Civil Veterinary Dept. North-West Frontier Province 1901-22 - 1901-1922
Year: 1901
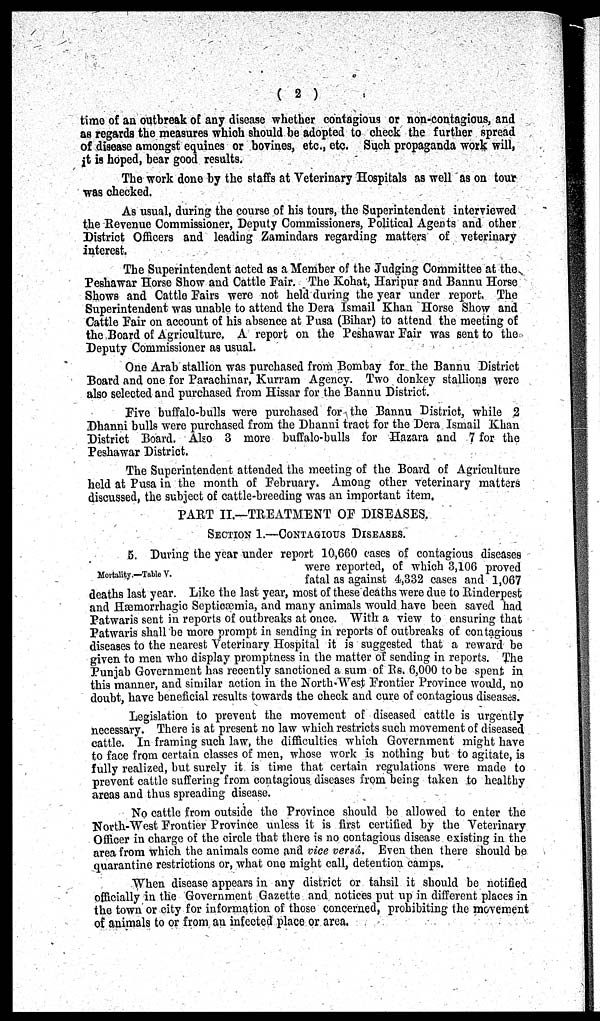
(2)
time of an outbreak of any disease whether contagious or non-contagious, and
as regards the measures which should be adopted to check the further spread
of disease amongst equines or bovines, etc., etc. Such propaganda work will,
it is hoped, bear good results.
The work done by the staffs at Veterinary Hospitals as well as on tour
was checked.
As usual, during the course of his tours, the Superintendent interviewed
the Revenue Commissioner, Deputy Commissioners, Political Agents and other
District Officers and leading Zamindars regarding matters of veterinary
interest.
The Superintendent acted as a Member of the Judging Committee at the
Peshawar Horse Show and Cattle Fair. The Kohat, Haripur and Bannu Horse
Shows and Cattle Fairs were not held during the year under report. The
Superintendent was unable to attend the Dera Ismail Khan Horse Show and
Cattle Fair on account of his absence at Pusa (Bihar) to attend the meeting of
the Board of Agriculture. A report on the Peshawar Fair was sent to the
Deputy Commissioner as usual.
One Arab stallion was purchased from Bombay for the Bannu District
Board and one for Parachinar, Kurram Agency. Two donkey stallions were
also selected and purchased from Hissar for the Bannu District".
Five buffalo-bulls were purchased for the Bannu District, while 2
Dhanni bulls were purchased from the Dhanni tract for the Dera Ismail Khan
District Board. Also 3 more buffalo-bulls for Hazara and 7 for the
Peshawar District.
The Superintendent attended the meeting of the Board of Agriculture
held at Pusa in the month of February. Among other veterinary matters
discussed, the subject of cattle-breeding was an important item.
PART II.—TREATMENT OF DISEASES.
SECTION 1.— CONTAGIOUS DISEASES.
Mortality.—Table V.
5. During the year under report 10,660 cases of contagious diseases
were reported, of which 3,106 proved
fatal as against 4,332 cases and 1,067
deaths last year. Like the last year, most of these deaths were due to Rinderpest
and Hæmorrhagic Septicæmia, and many animals would have been saved had
Patwaris sent in reports of outbreaks at once. With a view to ensuring that
Patwaris shall be more prompt in sending in reports of outbreaks of contagious
diseases to the nearest Veterinary Hospital it is suggested that a reward be
given to men who display promptness in the matter of sending in reports. The
Punjab Government has recently sanctioned a sum of Rs. 6,000 to be spent in
this manner, and similar action in the North-West Frontier Province would, no
doubt, have beneficial results towards the check and cure of contagious diseases.
Legislation to prevent the movement of diseased cattle is urgently
necessary. There is at present no law which restricts such movement of diseased
cattle. In framing such law, the difficulties which Government might have
to face from certain classes of men, whose work is nothing but to agitate, is
fully realized, but surely it is time that certain regulations were made to
prevent cattle suffering from contagious diseases from being taken to healthy
areas and thus spreading disease.
No cattle from outside the Province should be allowed to enter the
North-West Frontier Province unless it is first certified by the Veterinary
Officer in charge of the circle that there is no contagious disease existing in the
area from which the animals come and vice versâ. Even then there should be
quarantine restrictions or, what one might call, detention camps.
When disease appears in any district or tahsil it should be notified
officially in the Government Gazette and notices put up in different places in
the town or city for information of those concerned, prohibiting the movement
of animals to or from an infected place or area.